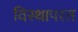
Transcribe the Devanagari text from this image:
विस्थापरत